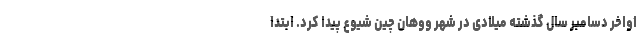
اواخر دسامبر سال گذشته میلادی در شهر ووهان چین شیوع پیدا کرد. ابتدا